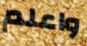
واعلم